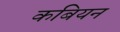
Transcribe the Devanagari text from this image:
कबियन